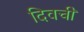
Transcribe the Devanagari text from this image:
दिवची